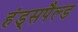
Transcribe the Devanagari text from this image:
हंड्सपैल्ड